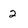
Character: 2